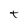
Character: t